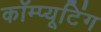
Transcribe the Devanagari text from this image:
कॉम्प्यूटिंग